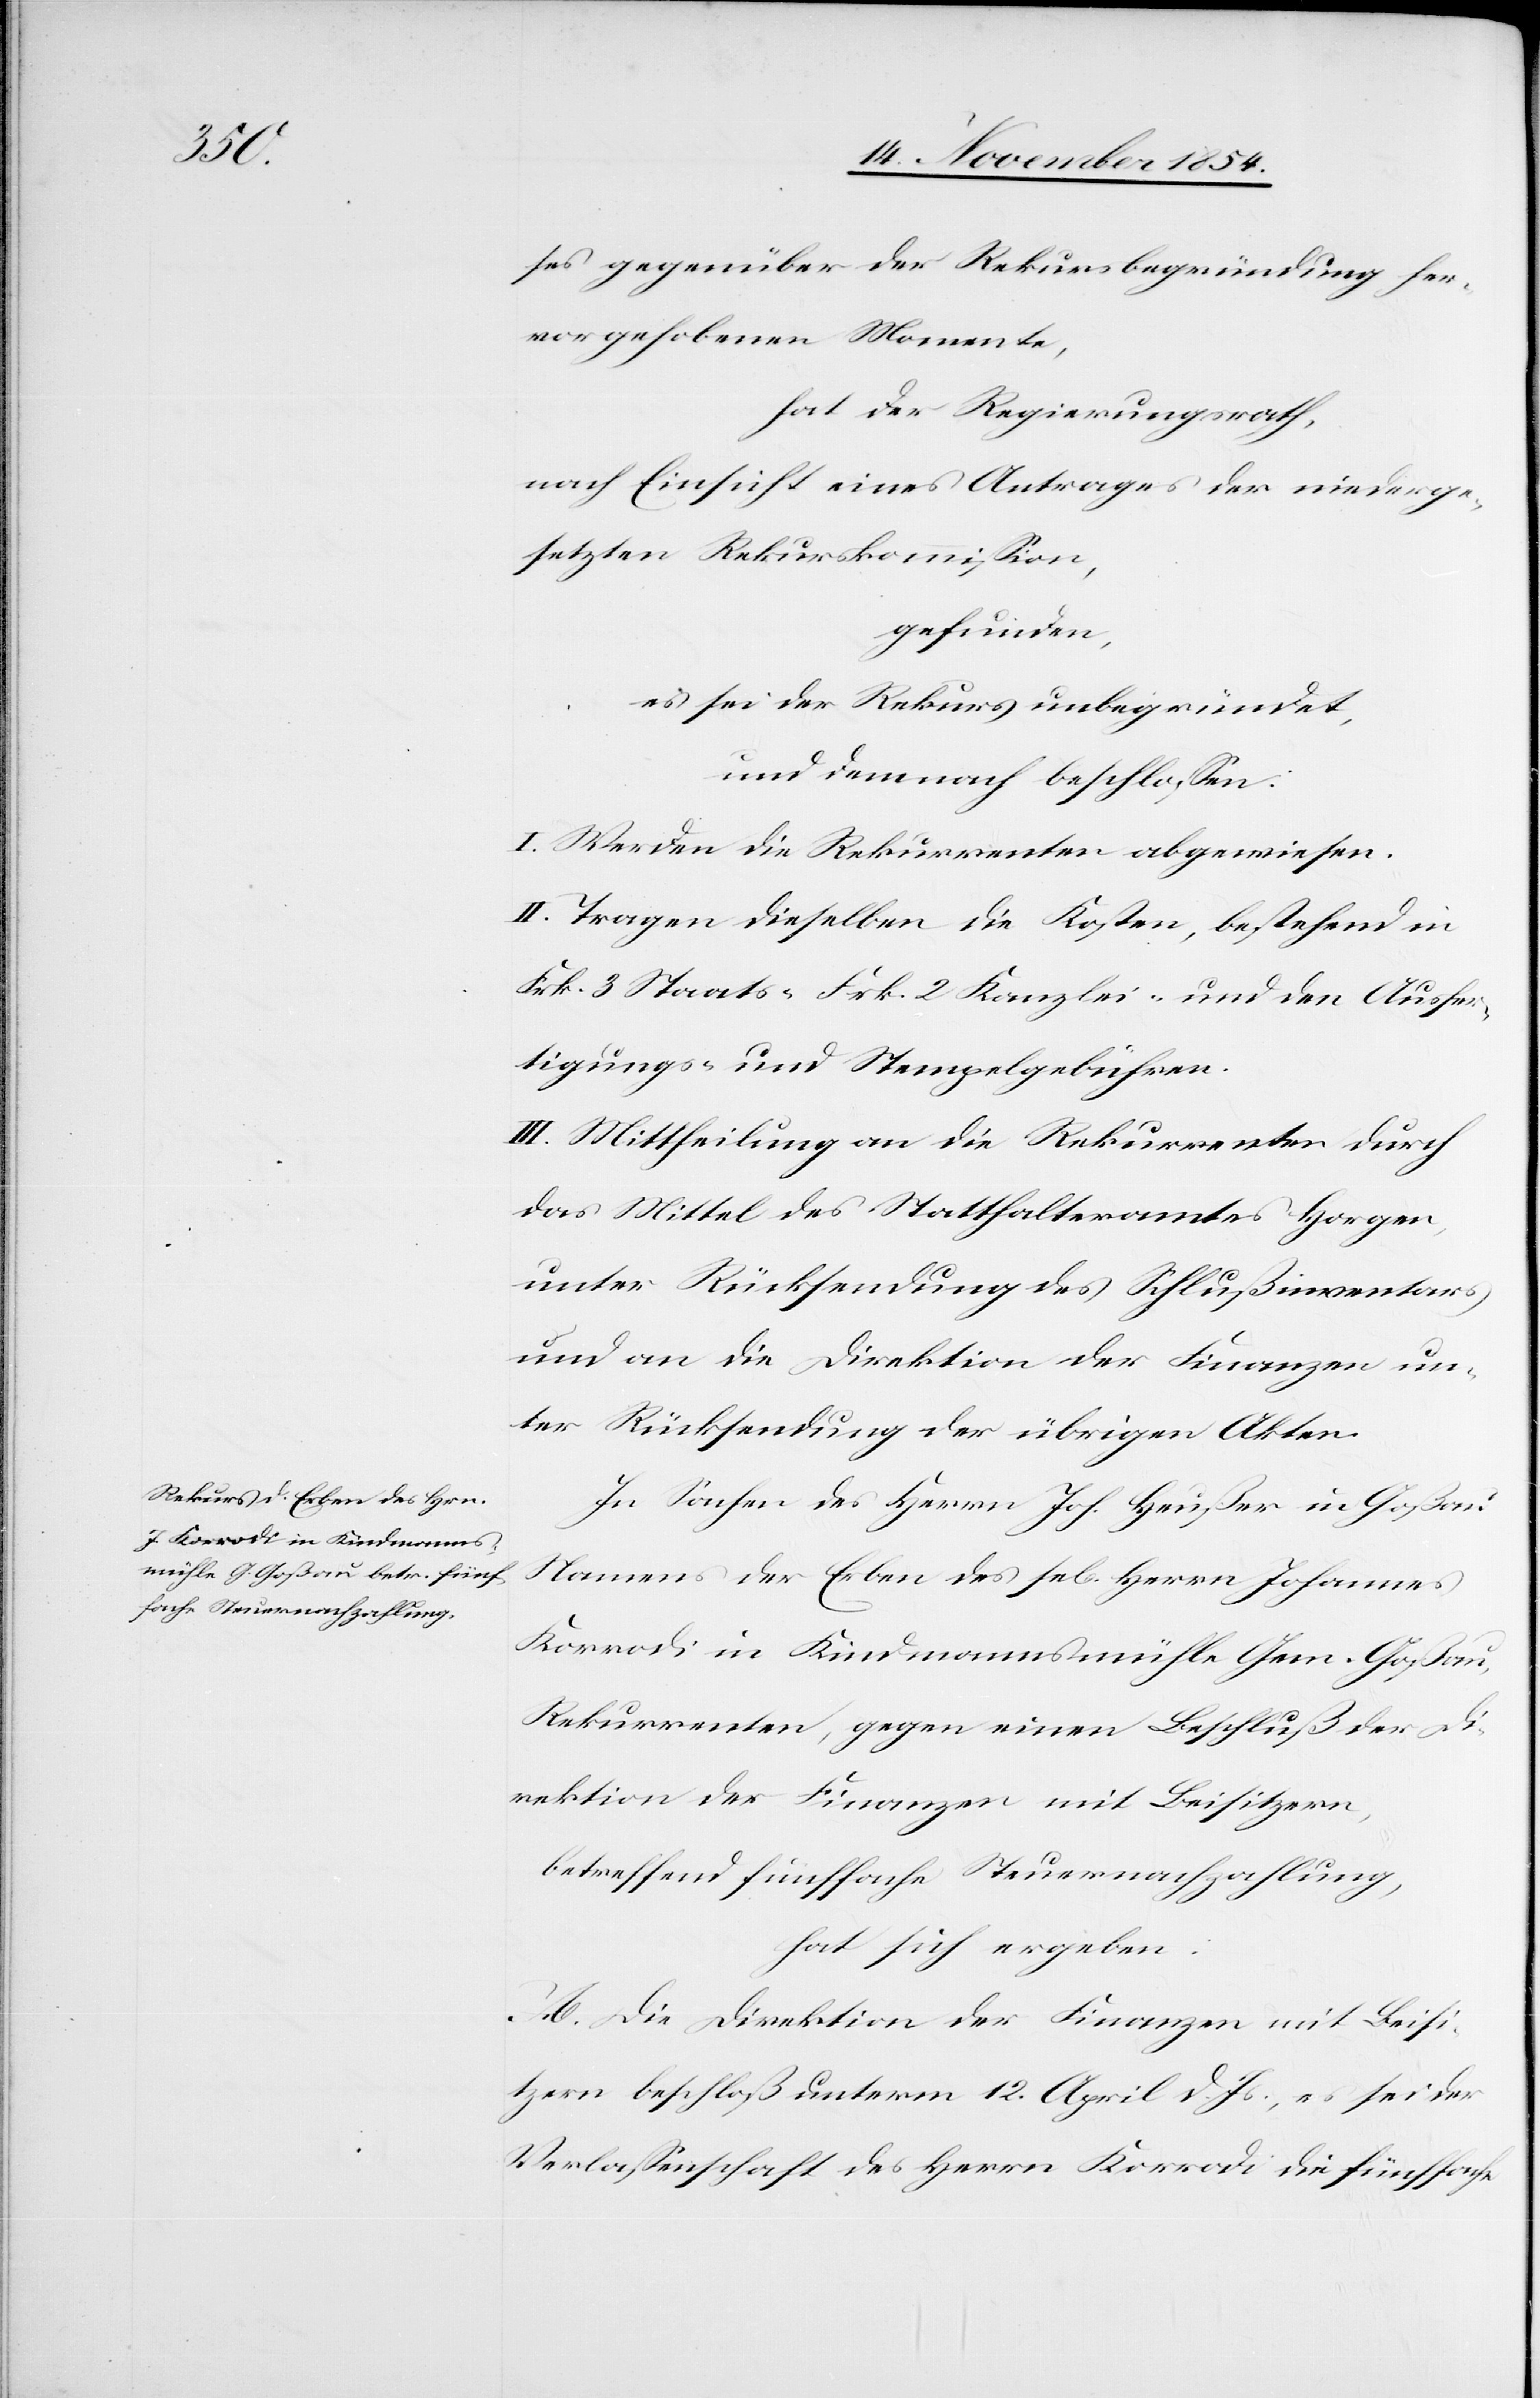
ses gegenüber der Rekursbegründung her¬
vorgehobenen Momente,
hat der Regierungsrath
nach Einsicht eines Antrages der niederge¬
setzten Rekurskommißion,
gefunden,
es sei der Rekurs unbegründet,
und demnach beschloßen:
I. Werden die Rekurrenten abgewiesen.
II. Tragen dieselben die Kosten, bestehend in
Frk. 3 Staats-[,] Frk. 2 Kanzlei- und den Ausfer¬
tigungs- und Stempelgebühren.
III. Mittheilung an die Rekurrenten durch
das Mittel des Statthalteramtes Horgen,
unter Rücksendung des Schlußinventars
und an die Direktion der Finanzen un¬
ter Rücksendung der übrigen Akten.
In Sachen des Herrn Joh. Heußer in Goßau
Namens der Erben des sel. Herrn Johannes
Korrodi in Kindmannsmühle Gem. Goßau,
Rekurrenten, gegen einen Beschluß der Di¬
rektion der Finanzen mit Beisitzern,
betreffend fünffache Steuernachzahlung,
hat sich ergeben:
A. Die Direktion der Finanzen mit Beisi¬
tzern beschloß unterm 12. April d. Js., es sei der
Verlaßenschaft des Herrn Korrodi die fünffache